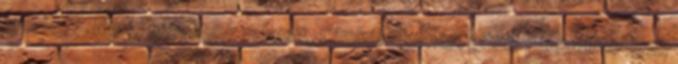
mindegy. Ma is tanultunk valamit. Címkék: furnér, gitár, pálcaállító-lyuk